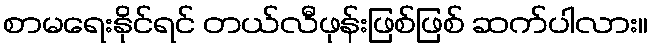
စာမရေးနိုင်ရင် တယ်လီဖုန်းဖြစ်ဖြစ် ဆက်ပါလား။